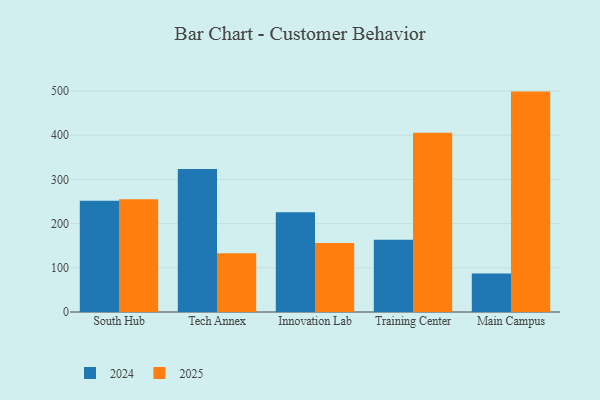
{"axis": {"x": "Campus", "y": "Operating Costs (USD K)"}, "legend": ["2024", "2025"], "data": [{"x": "South Hub", "y": 254.8, "type": "2025"}, {"x": "South Hub", "y": 251.8, "type": "2024"}, {"x": "Tech Annex", "y": 132.7, "type": "2025"}, {"x": "Tech Annex", "y": 323.4, "type": "2024"}, {"x": "Innovation Lab", "y": 156.0, "type": "2025"}, {"x": "Innovation Lab", "y": 225.9, "type": "2024"}, {"x": "Training Center", "y": 405.5, "type": "2025"}, {"x": "Training Center", "y": 163.7, "type": "2024"}, {"x": "Main Campus", "y": 498.6, "type": "2025"}, {"x": "Main Campus", "y": 87.2, "type": "2024"}]}